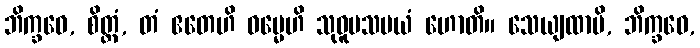
ဘိက္ခဝေ, စိတ္တံ, တံ ဧတေဟိ ဓမ္မေဟိ သုဝူပသမယံ ဟောတိ။ သေယျထာပိ, ဘိက္ခဝေ,